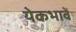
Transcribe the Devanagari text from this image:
येकभावें